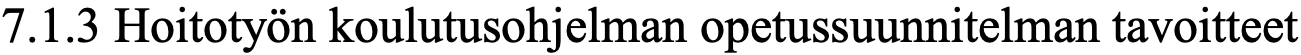
7.1.3 Hoitotyön koulutusohjelman opetussuunnitelman tavoitteet